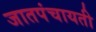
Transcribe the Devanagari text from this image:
जातपंचायती